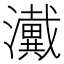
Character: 瀻